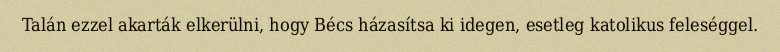
Talán ezzel akarták elkerülni, hogy Bécs házasítsa ki idegen, esetleg katolikus feleséggel.